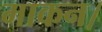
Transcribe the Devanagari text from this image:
माकन।